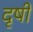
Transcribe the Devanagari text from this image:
दृषी